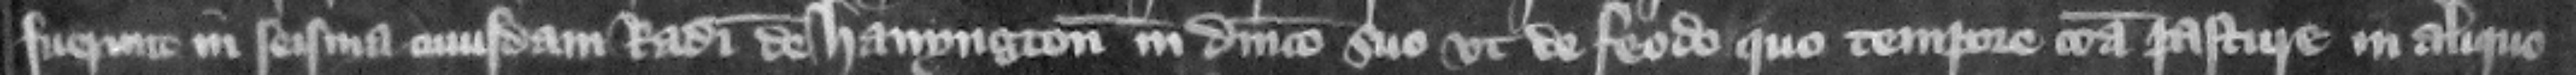
fuerunt in seisina cuiusdam Radulfi de Hanyngton in dominico suo vt de feodo quo tempore communa pasture in aliquo